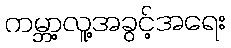
ကမ္ဘာ့လူ့အခွင့်အရေး